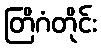
တြိဂံတိုင်း